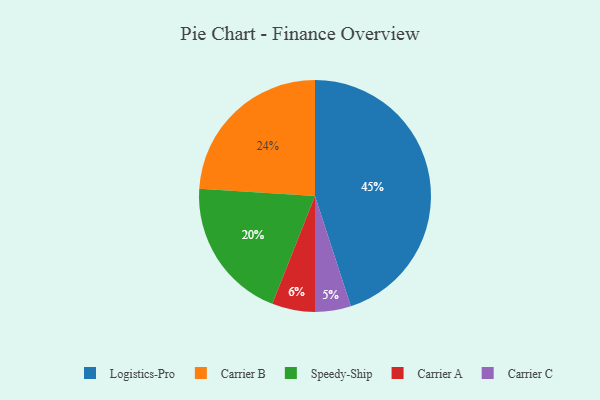
{"axis": {"x": "Category", "y": "Percentage"}, "legend": ["Carrier A", "Carrier B", "Carrier C", "Logistics-Pro", "Speedy-Ship"], "data": [{"x": "Speedy-Ship", "y": 20, "type": "Speedy-Ship"}, {"x": "Carrier B", "y": 24, "type": "Carrier B"}, {"x": "Logistics-Pro", "y": 45, "type": "Logistics-Pro"}, {"x": "Carrier C", "y": 5, "type": "Carrier C"}, {"x": "Carrier A", "y": 6, "type": "Carrier A"}]}